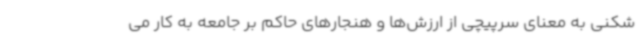
شکنی به معنای سرپیچی از ارزش‌ها و هنجارهای حاکم بر جامعه به کار می